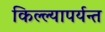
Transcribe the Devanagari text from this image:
किल्ल्यापर्यन्त